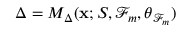
\Delta = M _ { \Delta } ( \mathbf { x } ; S , \mathcal { F } _ { m } , \boldsymbol { \theta } _ { \mathcal { F } _ { m } } )